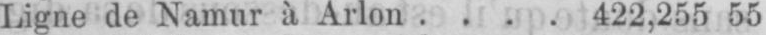
Ligne de Namur à Arlon .... 422,255 55